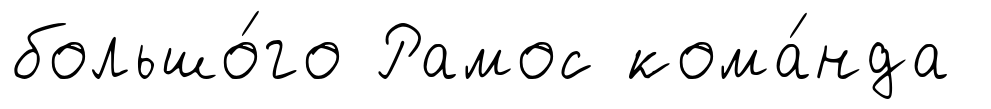
большо́го Рамос кома́нда